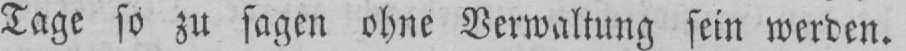
Tage so zu sagen ohne Verwaltung sein werden.